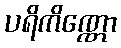
ပရိကိဏ္ဏော